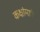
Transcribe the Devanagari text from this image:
कक्षांमागे